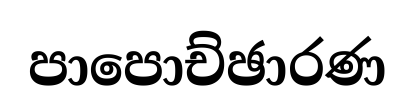
පාපොච්ඡාරණ